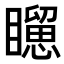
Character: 𥌐